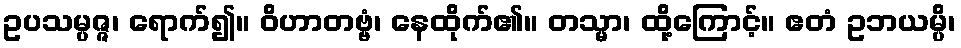
ဥပသမ္ပဇ္ဇ၊ ရောက်၍။ ဝိဟာတဗ္ဗံ၊ နေထိုက်၏။ တသ္မာ၊ ထို့ကြောင့်။ ဧတံ ဥဘယမ္ပိ၊